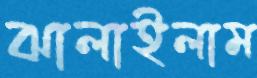
ঝালাইলাম